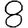
Digit: 8